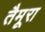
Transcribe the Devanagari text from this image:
तैमूरा